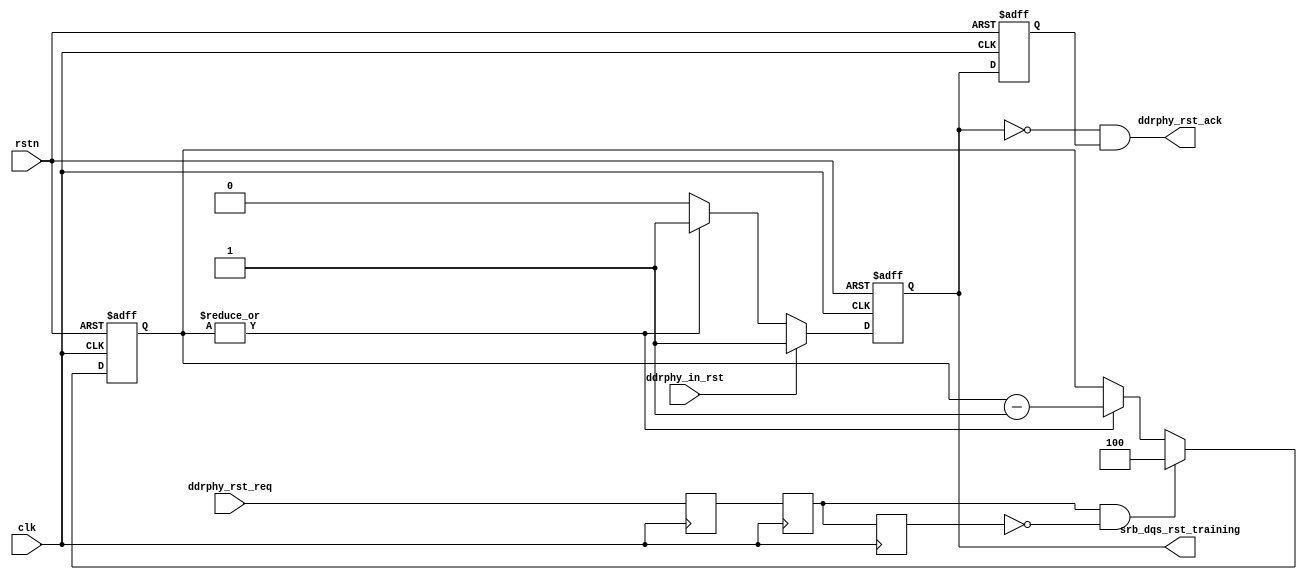
module ipsl_ddrphy_training_ctrl
(
    input                                clk                            ,
    input                                rstn                    ,
    input                                ddrphy_in_rst                  ,
    input                                ddrphy_rst_req                 ,
    output                               ddrphy_rst_ack                 ,
    output reg                           srb_dqs_rst_training           
);

parameter SRB_DQS_RST_TRAINING_HIGH_CLK = 4;

reg ddrphy_rst_req_d1, ddrphy_rst_req_d2, ddrphy_rst_req_d3;
wire ddrphy_rst_req_p;

always @ (posedge clk) begin
    ddrphy_rst_req_d1 <= ddrphy_rst_req;
    ddrphy_rst_req_d2 <= ddrphy_rst_req_d1;
    ddrphy_rst_req_d3 <= ddrphy_rst_req_d2;
end

assign ddrphy_rst_req_p = ddrphy_rst_req_d2 & ~ddrphy_rst_req_d3;

reg [2:0] dqs_rst_training_high_cnt;

always @ (posedge clk or negedge rstn)
    if (!rstn)
        dqs_rst_training_high_cnt <= 3'h0;
    else if (ddrphy_rst_req_p)
        dqs_rst_training_high_cnt <= SRB_DQS_RST_TRAINING_HIGH_CLK;
    else if (|dqs_rst_training_high_cnt)
        dqs_rst_training_high_cnt <= dqs_rst_training_high_cnt - 3'h1;
    else
        dqs_rst_training_high_cnt <= dqs_rst_training_high_cnt;



//CLK_AND_RST_PLAN = 1, not to reset clk for default plan
always @ (posedge clk or negedge rstn)
    if (!rstn)
        srb_dqs_rst_training <= 1'b1;
    else if (ddrphy_in_rst)
        srb_dqs_rst_training <= 1'b1;
    else if (|dqs_rst_training_high_cnt)
        srb_dqs_rst_training <= 1'b1;
    else
        srb_dqs_rst_training <= 1'b0;

reg srb_dqs_rst_training_d;

always @ (posedge clk or negedge rstn)
    if (!rstn)
        srb_dqs_rst_training_d <= 1'b1;
    else
	srb_dqs_rst_training_d <= srb_dqs_rst_training;

assign ddrphy_rst_ack = ~srb_dqs_rst_training & srb_dqs_rst_training_d;

endmodule